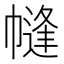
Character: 㡝